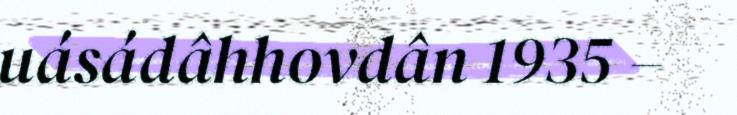
uásádâhhovdân 1935 –